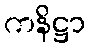
ကနိဋ္ဌာ